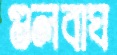
গুলবাঘ